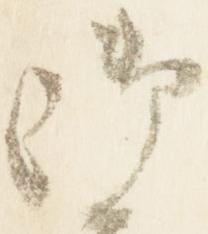
御